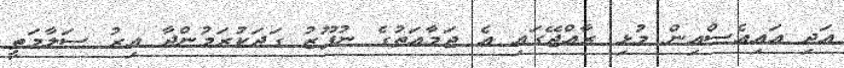
އަދި އައިއެސްއިން މުޅި ރާއްޖޭގައި އެ ޖަމާއަތުގެ ނުފޫޒު ގަދަކުރަމުންދާ އިރު ސަލާމަތީ